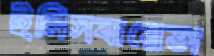
ইনিসবায়েভা